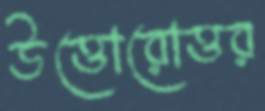
উত্তোরোত্তর